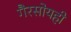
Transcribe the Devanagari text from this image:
गैरसोयही